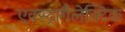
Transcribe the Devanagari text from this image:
एक्स्ट्रागैलेक्टिक